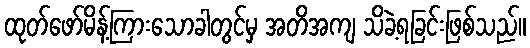
ထုတ်ဖော်မိန့်ကြားသောခါတွင်မှ အတိအကျ သိခဲ့ရခြင်းဖြစ်သည်။